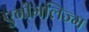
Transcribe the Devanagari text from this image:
एनीमलिज्म